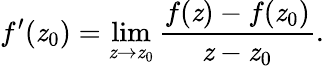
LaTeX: f^{\prime}(\mathit{z}_{0})=\operatorname*{lim}_{\mathit{z}\to\mathit{z}_{0}}{\frac{{f(\mathit{z})-f(\mathit{z}_{0})}}{{\mathit{z}-\mathit{z}_{0}}}}.